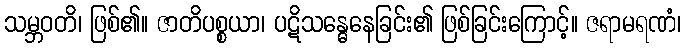
သမ္ဘဝတိ၊ ဖြစ်၏။ ဇာတိပစ္စယာ၊ ပဋိသန္ဓေနေခြင်း၏ ဖြစ်ခြင်းကြောင့်။ ဇရာမရဏံ၊